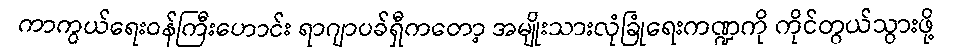
ကာကွယ်ရေးဝန်ကြီးဟောင်း ရာဂျာပခ်ရှီကတော့ အမျိုးသားလုံခြုံရေးကဏ္ဍကို ကိုင်တွယ်သွားဖို့